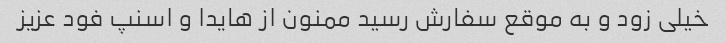
خیلی زود و به موقع سفارش رسید ممنون از هایدا و اسنپ فود عزیز